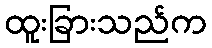
ထူးခြားသည်က